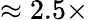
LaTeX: \approx 2.5\times